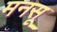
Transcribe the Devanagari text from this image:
मनसू